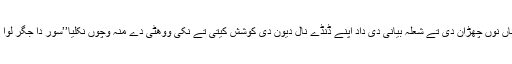
کمانڈر ابو ابو نے گھر اپڑ کے جدوں اوہناں نوں چھڑان دی تے شعلہ بیانی دی داد اپنے ڈنڈے نال دیون دی کوشش کیتی تے نکی ووھٹی دے منہ وچوں نکلیا’’سور دا جگر لوا کے بندے نوں ایویں جوانی چڑھدی اے‘‘۔